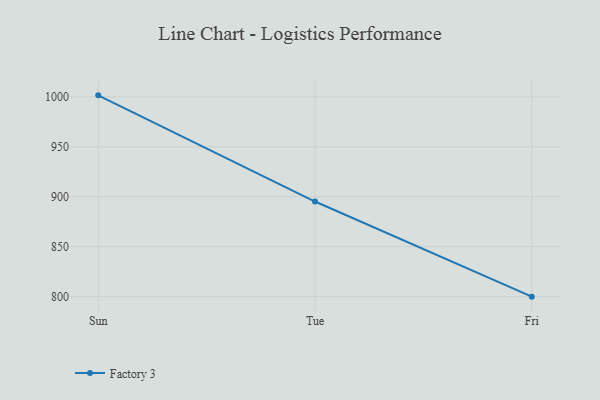
{"axis": {"x": "Day", "y": "Operating Costs (USD K)"}, "legend": ["Factory 3"], "data": [{"x": "Sun", "y": 1001.5, "type": "Factory 3"}, {"x": "Tue", "y": 895.2, "type": "Factory 3"}, {"x": "Fri", "y": 800, "type": "Factory 3"}]}